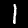
Digit: 1